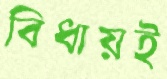
বিধায়ই